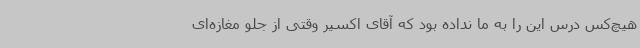
هیچ‌کس درس این را به ما نداده بود که آقای اکسیر وقتی از جلو مغازه‌ای